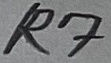
Text: R7